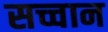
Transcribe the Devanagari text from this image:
सच्चान